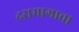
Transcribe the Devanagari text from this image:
दरामागाचा